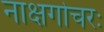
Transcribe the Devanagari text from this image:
नाक्षगोचरः